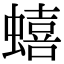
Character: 蟢